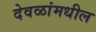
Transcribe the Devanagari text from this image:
देवळांमधील